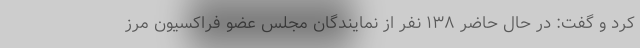
کرد و گفت: در حال حاضر ۱۳۸ نفر از نمایندگان مجلس عضو فراکسیون مرز